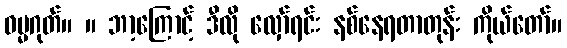
ဓမ္မဂုတ်။ ။ ဘာ့ကြောင့် ဒီလို လှော်ရင်း နစ်နေရတာတုန်း ကိုယ်တော်။